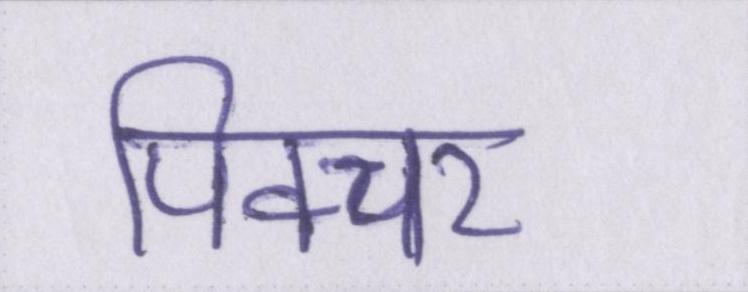
पिक्चर